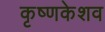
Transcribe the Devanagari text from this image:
कृष्णकेशव